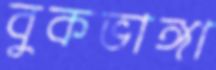
বুকভাঙ্গা